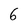
Character: 6